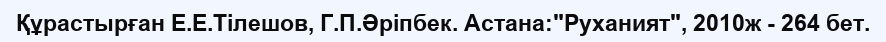
Құрастырған Е.Е.Тілешов, Г.П.Әріпбек. Астана:"Руханият", 2010ж - 264 бет.